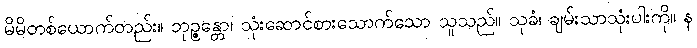
မိမိတစ်ယောက်တည်း။ ဘုဉ္ဇန္တော၊ သုံးဆောင်စားသောက်သော သူသည်။ သုခံ၊ ချမ်းသာသုံးပါးကို။ န